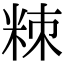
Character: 䊂